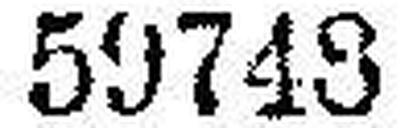
59748 und Nr. 59905.